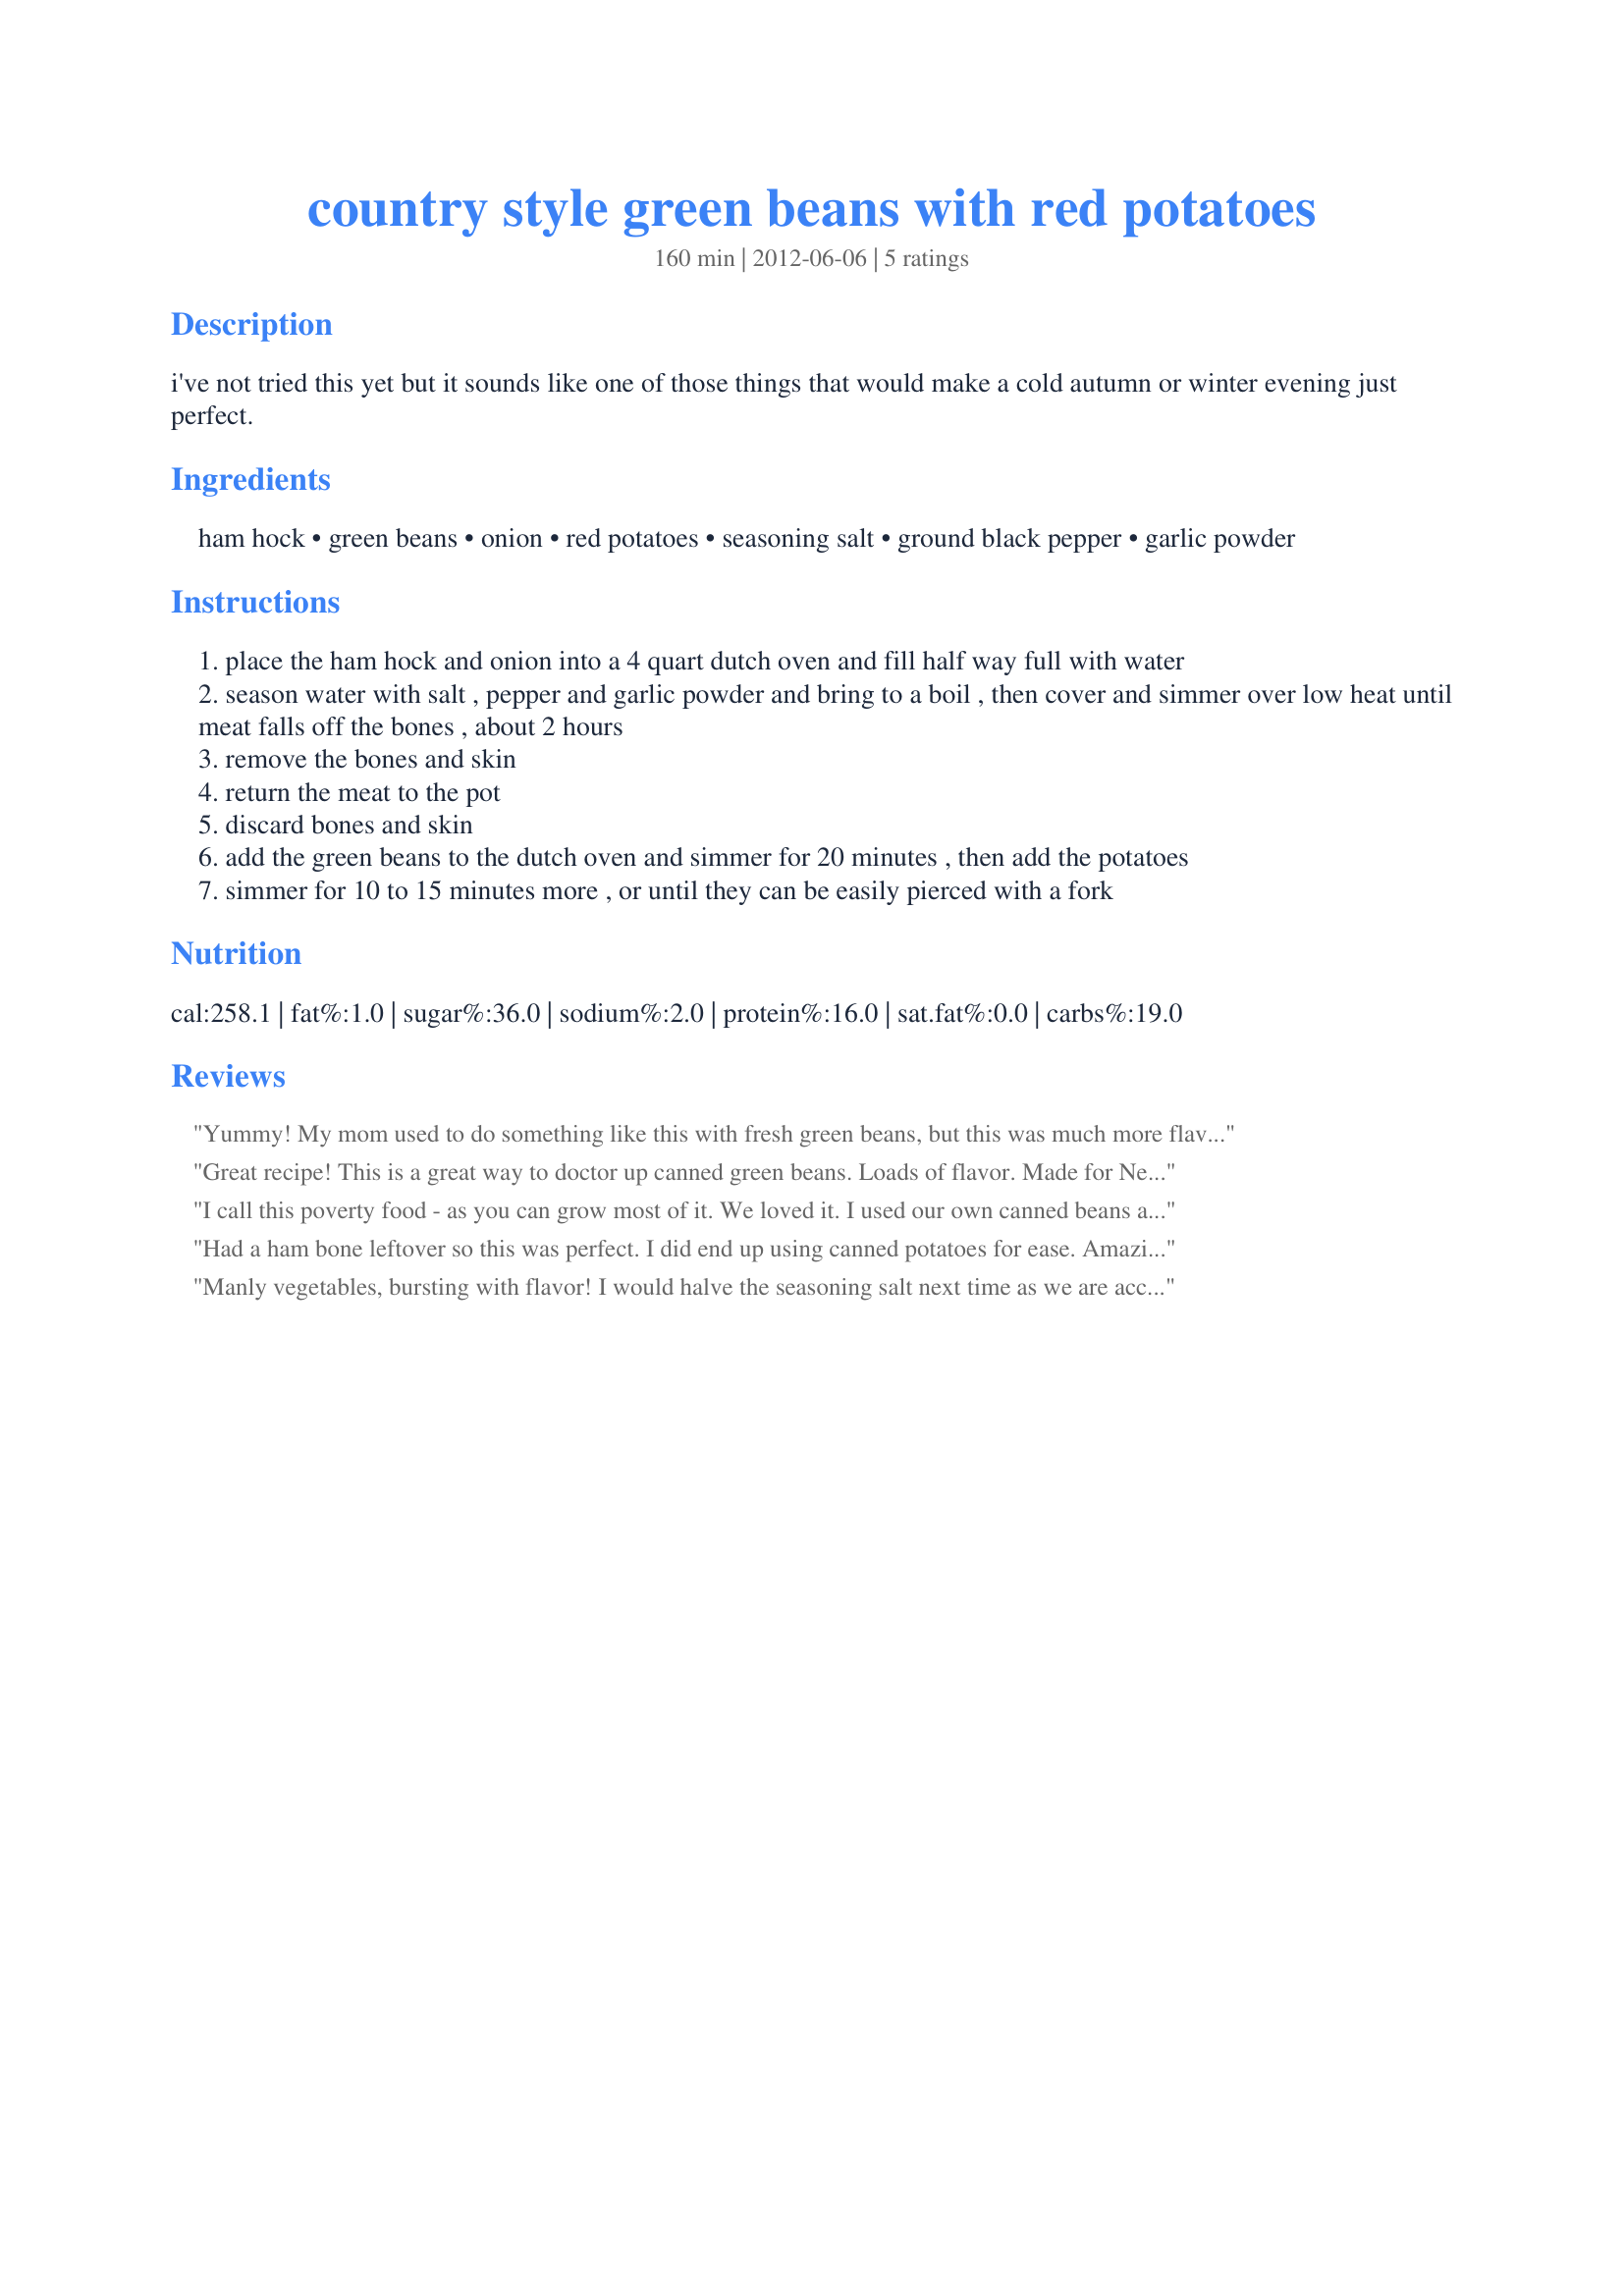
country style green beans with red potatoes
Preparation time: 160 minutes

i've not tried this yet but it sounds like one of those things that would make a cold autumn or winter evening just perfect.

Ingredients:
ham hock, green beans, onion, red potatoes, seasoning salt, ground black pepper, garlic powder

Steps:
place the ham hock and onion into a 4 quart dutch oven and fill half way full with water
season water with salt , pepper and garlic powder and bring to a boil , then cover and simmer over low heat until meat falls off the bones , about 2 hours
remove the bones and skin
return the meat to the pot
discard bones and skin
add the green beans to the dutch oven and simmer for 20 minutes , then add the potatoes
simmer for 10 to 15 minutes more , or until they can be easily pierced with a fork

Reviews:
Yummy! My mom used to do something like this with fresh green beans, but this was much more flavorful because of the onions and seasoning salt. Thanks so much for sharing! Made for Rookie Tag game.
Great recipe! This is a great way to doctor up canned green beans. Loads of flavor. Made for Newest Zaar Tag cooking game.
I call this poverty food - as you can grow most of it. We loved it. I used our own canned beans and canned caramelized onions. That helped speed up the progress. I couldn&#039;t find a ham hock so I used a ham steak that I added after the potatoes cooked. Thanks for a great dinner - I can&#039;t wait to make this when we have everything fresh.
Had a ham bone leftover so this was perfect. I did end up using canned potatoes for ease. Amazingly I did need to add salt, in spite of the ham saltiness. Good way to make boring canned vegetables interesting again. Thanks Annacia! Made for PRMR 2012
Manly vegetables, bursting with flavor! I would halve the seasoning salt next time as we are accustomed to lower sodium. I will try frozen green beans next time and see how they stand up to all that simmering. For an after-work meal, I would simmer the ham hock the night before and store the meat separately so that it wouldn&#039;t overcook during reheating. Then the remaining cooking could be easily accomplished in a reasonable amount of time. Thank you for sharing this recipe, Annacia. Made for Rookie Recipe Tag.
